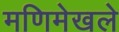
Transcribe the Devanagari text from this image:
मणिमेखले